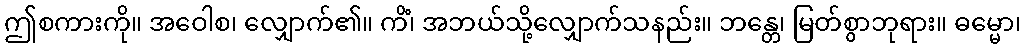
ဤစကားကို။ အဝေါစ၊ လျှောက်၏။ ကိံ၊ အဘယ်သို့လျှောက်သနည်း။ ဘန္တေ၊ မြတ်စွာဘုရား။ ဓမ္မော၊